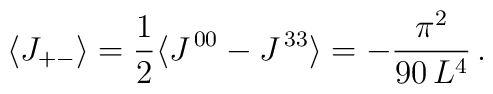
\langle J_{+ - }\rangle = \frac{1}{2}\langle J^{\,00} - J^{\,33} \rangle = - \frac{\pi ^{2}}{90 \, L^{4}} \, .